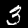
Digit: 3